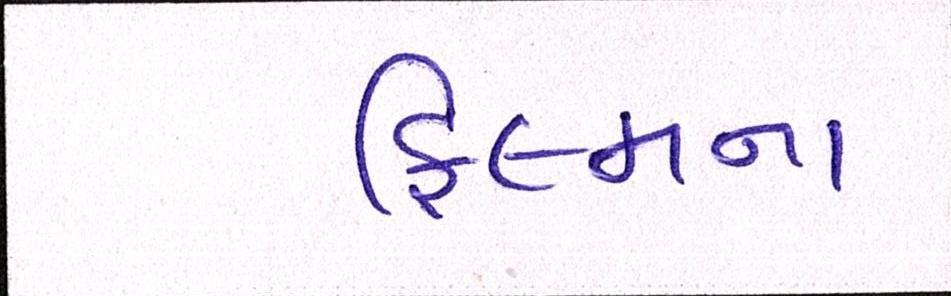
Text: ફિલ્મના